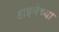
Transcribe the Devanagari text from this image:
हाइनेच्या